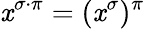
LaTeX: \mathit{x}^{\sigma\cdot\pi}=(\mathit{x}^{\sigma})^{\pi}